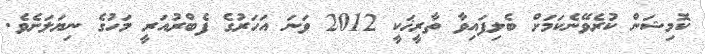
ކޮމިޝަން ކުރެވޭނެކަމަށް ބެލިފައިވާ ތާރީޚަކީ 2012 ވަނަ އަހަރުގެ ފެބްރުއަރީ މަހުގެ ނިޔަލަށެވެ.